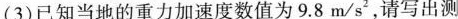
(3)已知当地的重力加速度数值为9.8m/s2，请写出测